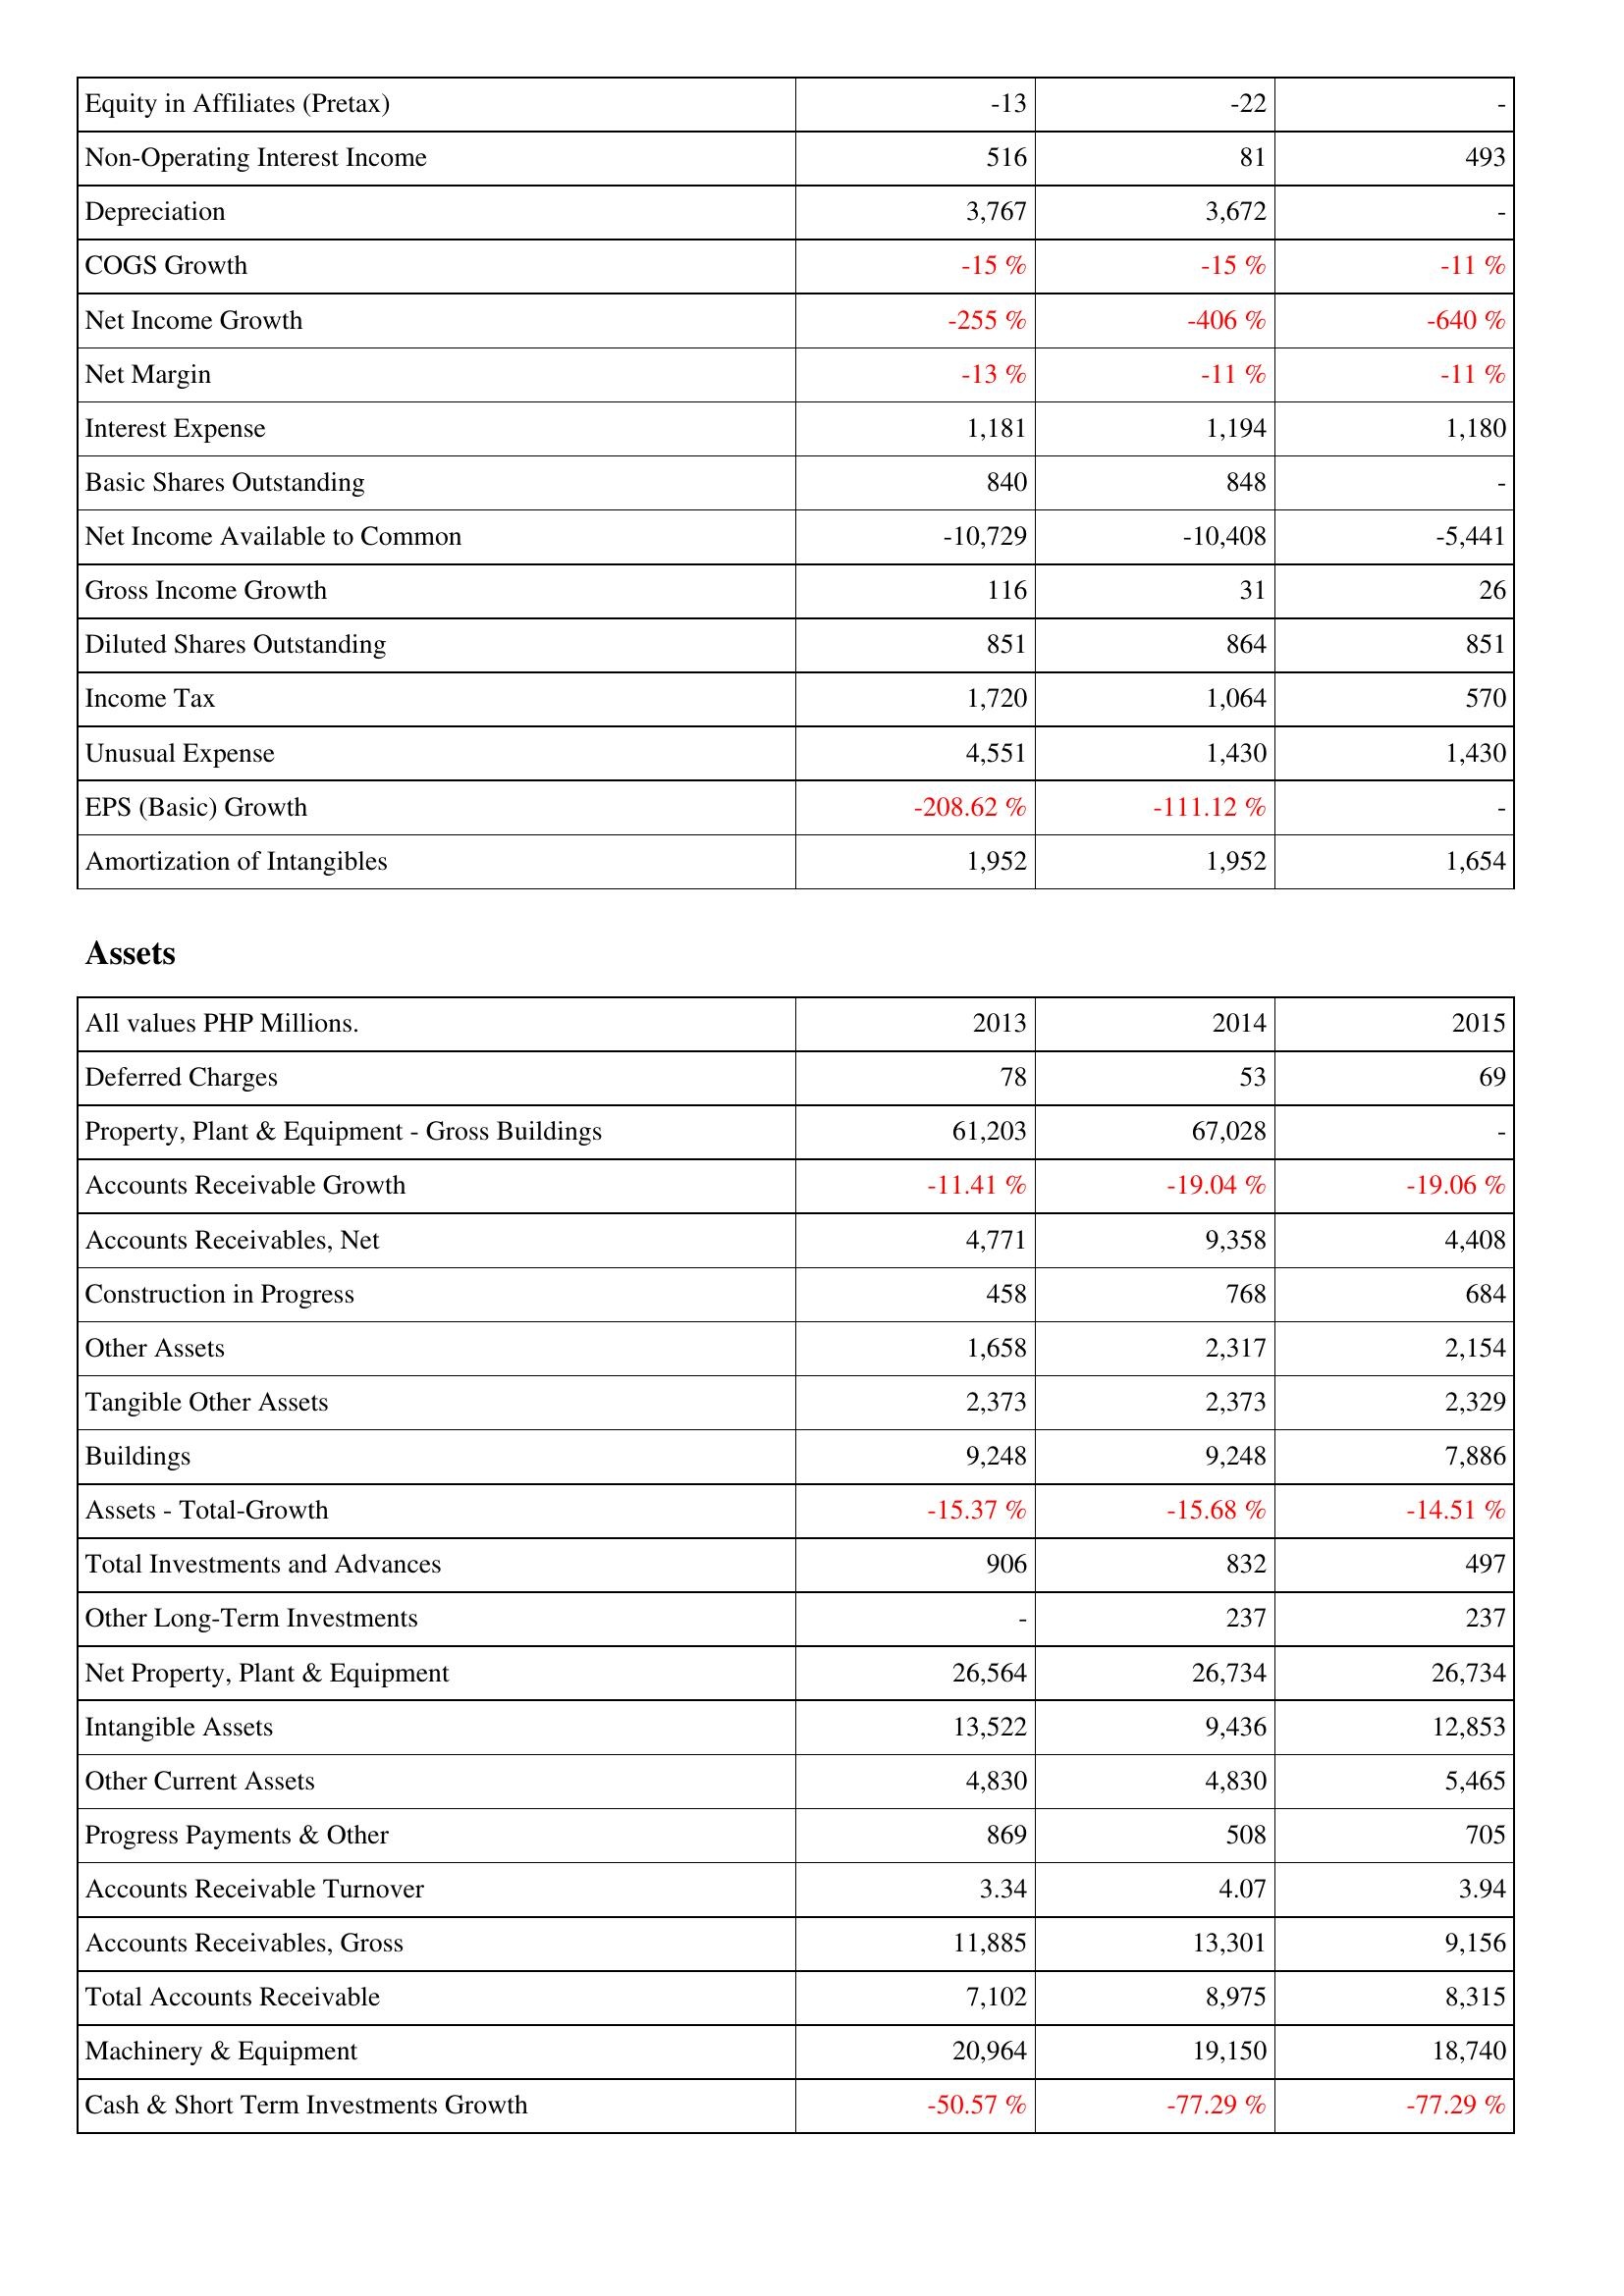
2013: Income Statement: Equity in Affiliates (Pretax): -13
Non-Operating Interest Income: 516
Depreciation: 3,767
COGS Growth: -15 %
Net Income Growth: -255 %
Net Margin: -13 %
Interest Expense: 1,181
Basic Shares Outstanding: 840
Net Income Available to Common: -10,729
Gross Income Growth: 116
Diluted Shares Outstanding: 851
Income Tax: 1,720
Unusual Expense: 4,551
EPS (Basic) Growth: -208.62 %
Amortization of Intangibles: 1,952
Assets: Deferred Charges: 78
Property, Plant & Equipment - Gross Buildings: 61,203
Accounts Receivable Growth: -11.41 %
Accounts Receivables, Net: 4,771
Construction in Progress: 458
Other Assets: 1,658
Tangible Other Assets: 2,373
Buildings: 9,248
Assets - Total-Growth: -15.37 %
Total Investments and Advances: 906
Other Long-Term Investments: -
Net Property, Plant & Equipment: 26,564
Intangible Assets: 13,522
Other Current Assets: 4,830
Progress Payments & Other: 869
Accounts Receivable Turnover: 3.34
Accounts Receivables, Gross: 11,885
Total Accounts Receivable: 7,102
Machinery & Equipment: 20,964
Cash & Short Term Investments Growth: -50.57 %
2014: Income Statement: Equity in Affiliates (Pretax): -22
Non-Operating Interest Income: 81
Depreciation: 3,672
COGS Growth: -15 %
Net Income Growth: -406 %
Net Margin: -11 %
Interest Expense: 1,194
Basic Shares Outstanding: 848
Net Income Available to Common: -10,408
Gross Income Growth: 31
Diluted Shares Outstanding: 864
Income Tax: 1,064
Unusual Expense: 1,430
EPS (Basic) Growth: -111.12 %
Amortization of Intangibles: 1,952
Assets: Deferred Charges: 53
Property, Plant & Equipment - Gross Buildings: 67,028
Accounts Receivable Growth: -19.04 %
Accounts Receivables, Net: 9,358
Construction in Progress: 768
Other Assets: 2,317
Tangible Other Assets: 2,373
Buildings: 9,248
Assets - Total-Growth: -15.68 %
Total Investments and Advances: 832
Other Long-Term Investments: 237
Net Property, Plant & Equipment: 26,734
Intangible Assets: 9,436
Other Current Assets: 4,830
Progress Payments & Other: 508
Accounts Receivable Turnover: 4.07
Accounts Receivables, Gross: 13,301
Total Accounts Receivable: 8,975
Machinery & Equipment: 19,150
Cash & Short Term Investments Growth: -77.29 %
2015: Income Statement: Equity in Affiliates (Pretax): -
Non-Operating Interest Income: 493
Depreciation: -
COGS Growth: -11 %
Net Income Growth: -640 %
Net Margin: -11 %
Interest Expense: 1,180
Basic Shares Outstanding: -
Net Income Available to Common: -5,441
Gross Income Growth: 26
Diluted Shares Outstanding: 851
Income Tax: 570
Unusual Expense: 1,430
EPS (Basic) Growth: -
Amortization of Intangibles: 1,654
Assets: Deferred Charges: 69
Property, Plant & Equipment - Gross Buildings: -
Accounts Receivable Growth: -19.06 %
Accounts Receivables, Net: 4,408
Construction in Progress: 684
Other Assets: 2,154
Tangible Other Assets: 2,329
Buildings: 7,886
Assets - Total-Growth: -14.51 %
Total Investments and Advances: 497
Other Long-Term Investments: 237
Net Property, Plant & Equipment: 26,734
Intangible Assets: 12,853
Other Current Assets: 5,465
Progress Payments & Other: 705
Accounts Receivable Turnover: 3.94
Accounts Receivables, Gross: 9,156
Total Accounts Receivable: 8,315
Machinery & Equipment: 18,740
Cash & Short Term Investments Growth: -77.29 %